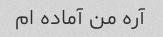
آره من آماده ام